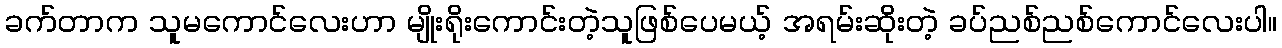
ခက်တာက သူမကောင်လေးဟာ မျိုးရိုးကောင်းတဲ့သူဖြစ်ပေမယ့် အရမ်းဆိုးတဲ့ ခပ်ညစ်ညစ်ကောင်လေးပါ။